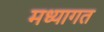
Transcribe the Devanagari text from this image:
मध्यागत